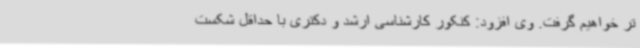
تر خواهیم گرفت. وی افزود: کنکور کارشناسی ارشد و دکتری با حداقل شکست